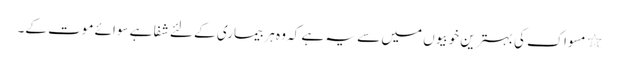
٭ مسواک کی بہترین خوبیوں میں سے یہ ہے کہ وہ ہر بیماری کے لئے شفا ہے سوائے موت کے۔